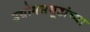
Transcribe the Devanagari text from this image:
उद्योगसमूहांच्या